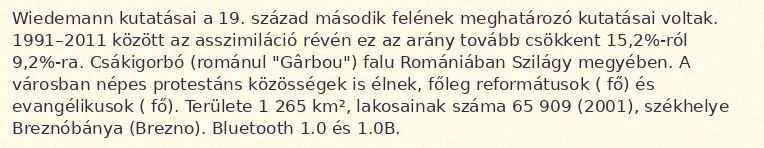
Wiedemann kutatásai a 19. század második felének meghatározó kutatásai voltak. 1991–2011 között az asszimiláció révén ez az arány tovább csökkent 15,2%-ról 9,2%-ra. Csákigorbó (románul "Gârbou") falu Romániában Szilágy megyében. A városban népes protestáns közösségek is élnek, főleg reformátusok ( fő) és evangélikusok ( fő). Területe 1 265 km², lakosainak száma 65 909 (2001), székhelye Breznóbánya (Brezno). Bluetooth 1.0 és 1.0B.